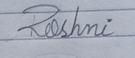
Signature authenticity: forged